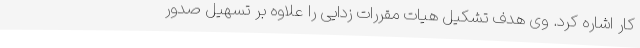
کار اشاره کرد. وی هدف تشکیل هیات مقررات زدایی را علاوه بر تسهیل صدور